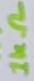
Text: 1kΩ